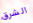
الشرق